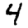
Digit: 4